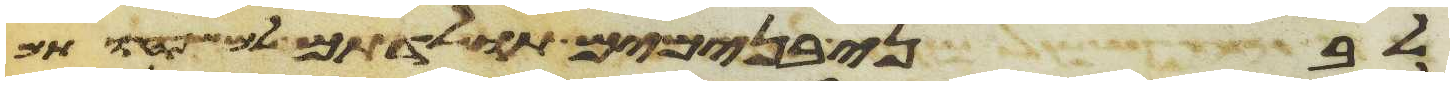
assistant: לבני בנימים תולדתם למשפחותם